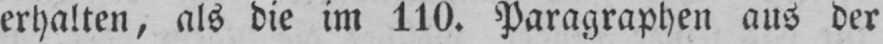
erhalten, als die im 110. Paragraphen aus der